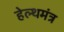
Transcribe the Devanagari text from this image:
हेल्थमंत्र